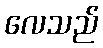
လေသည်